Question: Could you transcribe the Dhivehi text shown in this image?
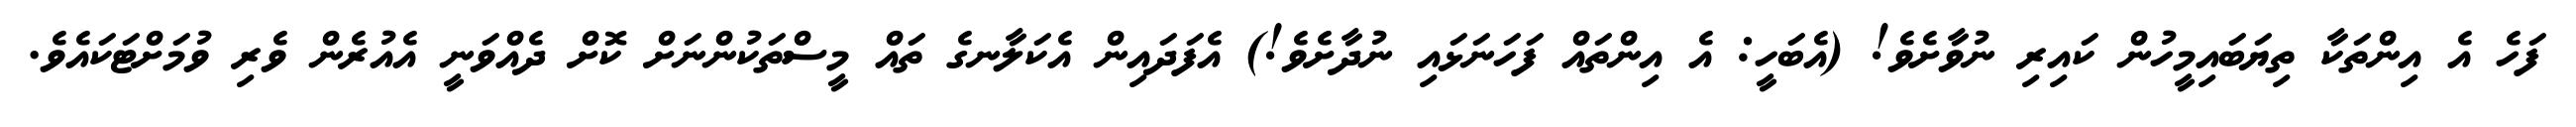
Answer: ފަހެ އެ އިންތަކާ ތިޔަބައިމީހުން ކައިރި ނުވާށެވެ! (އެބަހީ: އެ އިންތައް ފަހަނަޅައި ނުދާށެވެ!) އެފަދައިން އެކަލާނގެ ތައް މީސްތަކުންނަށް ކޮށް ދެއްވަނީ އެއުރެން ވެރި ވުމަށްޓަކައެވެ.